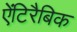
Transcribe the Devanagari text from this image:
ऐंटिरैबिक